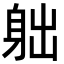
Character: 䠳